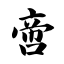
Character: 啻